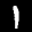
Label: 1